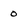
Character: 0